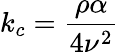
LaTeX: k_{c}=\frac{\rho\alpha}{4\nu^{2}}